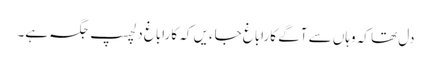
دل تھا کہ وہاں سے آگے کاراباغ جاءیں کہ کاراباغ دلچسپ جگہ ہے۔